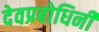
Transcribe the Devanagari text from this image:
देवप्रबोधिनी